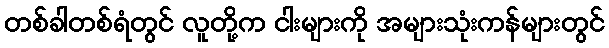
တစ်ခါတစ်ရံတွင် လူတို့က ငါးများကို အများသုံးကန်များတွင်